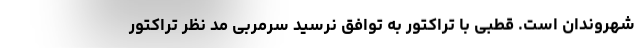
شهروندان است. قطبی با تراکتور به توافق نرسید سرمربی مد نظر تراکتور